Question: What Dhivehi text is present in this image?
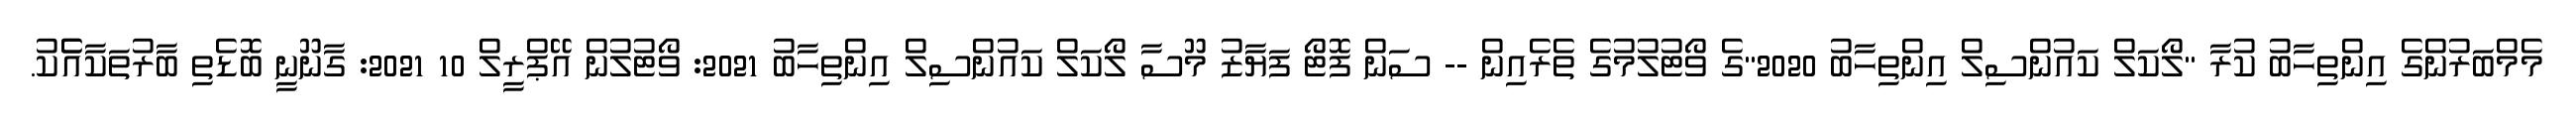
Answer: މެމްބަރުންގެ އިންތިހާބު ކުރާ "ލޯކަލް ކައުންސިލް އިންތިހާބު 2020"ގެ ވޯޓުލުމުގެ ތެރެއިން -- ސަން ފޮޓޯ ފަޔާޒު މޫސާ ލޯކަލް ކައުންސިލް އިންތިހާބު 2021: ވޯޓުލުން އޭޕްރީލް 10 2021: ގާނޫނީ ބޮޑެތި ބާރުތަކާއެެކު.